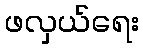
ဖလှယ်ရေး